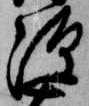
源